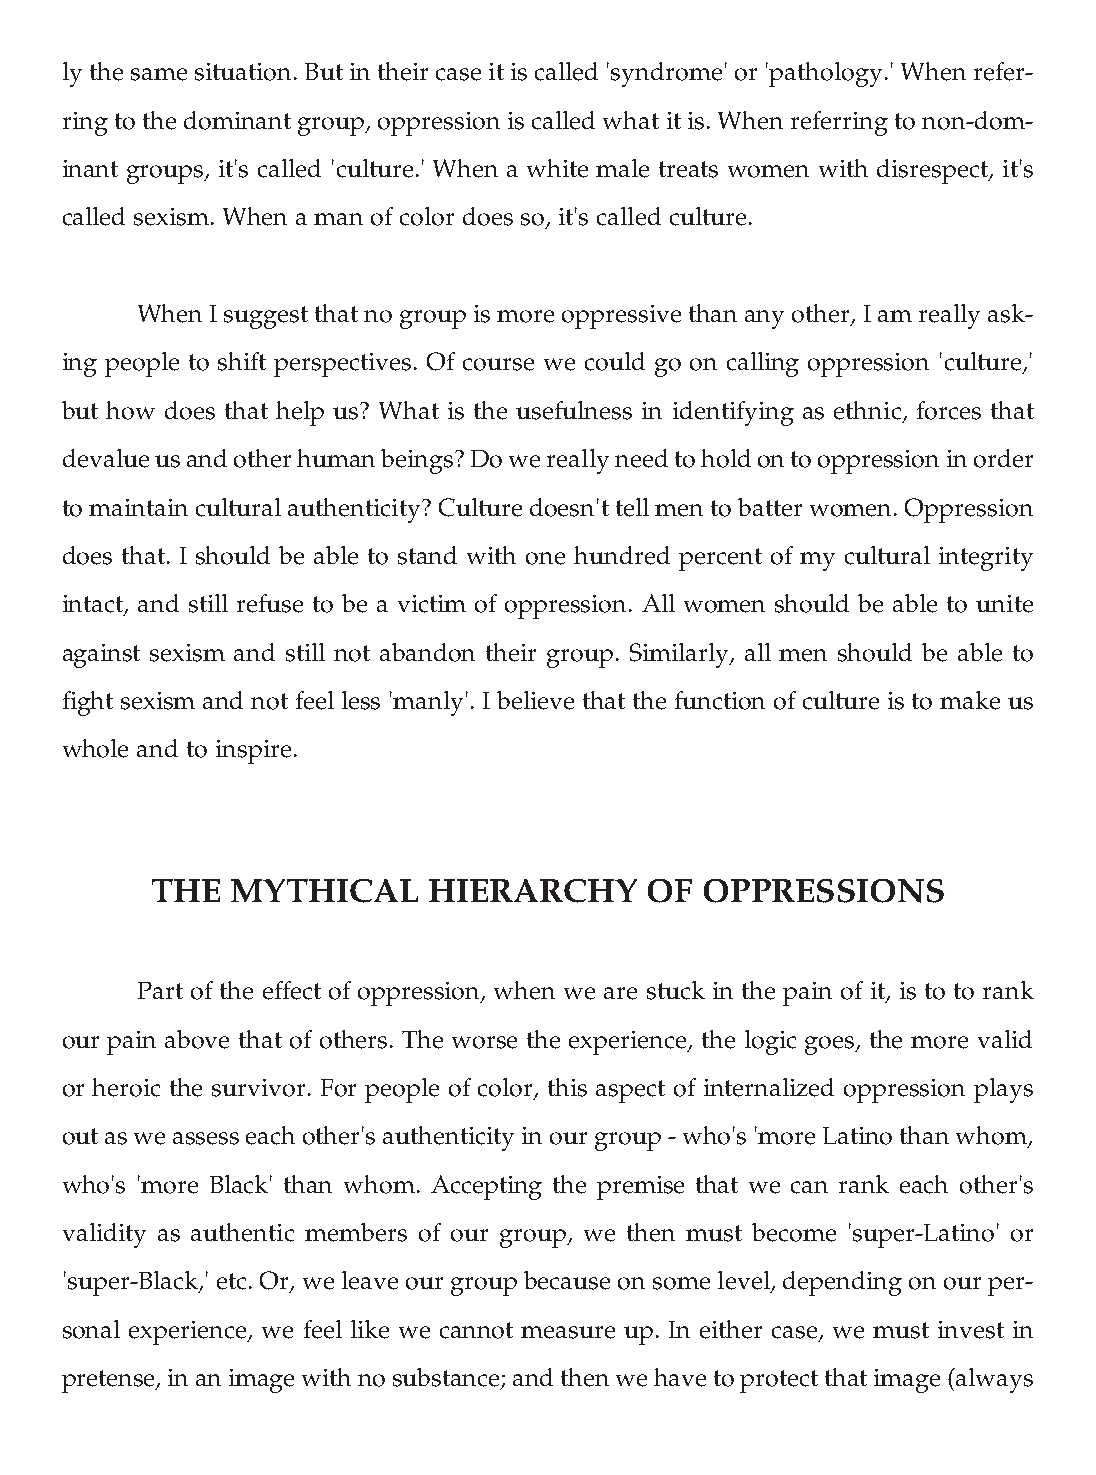
ly the same situation. But in their case it is called 'syndrome' or 'pathology.' When refer-
 ring to the dominant group, oppression is called what it is. When referring to non-dom-
 inant groups, it's called 'culture.' When a white male treats women with disrespect, it's
 called sexism. When a man of color does so, it's called culture.
 When I suggest that no group is more oppressive than any other, I am really ask-
 ing people to shift perspectives. Of course we could go on calling oppression 'culture,'
 but how does that help us? What is the usefulness in identifying as ethnic, forces that
 devalue us and other human beings? Do we really need to hold on to oppression in order
 to maintain cultural authenticity? Culture doesn't tell men to batter women. Oppression
 does that. I should be able to stand with one hundred percent of my cultural integrity
 intact, and still refuse to be a victim of oppression. All women should be able to unite
 against sexism and still not abandon their group. Similarly, all men should be able to
 fight sexism and not feel less 'manly'. I believe that the function of culture is to make us
 whole and to inspire.
 THE  MYTHICAL     HIERARCHY      OF OPPRESSIONS
 Part of the effect of oppression, when we are stuck in the pain of it, is to to rank
 our pain above that of others. The worse the experience, the logic goes, the more valid
 or heroic the survivor. For people of color, this aspect of internalized oppression plays
 out as we assess each other's authenticity in our group - who's 'more Latino than whom,
 who's 'more Black' than whom. Accepting the premise that we can rank each other's
 validity as authentic members of our group, we then must become 'super-Latino' or
 'super-Black,' etc. Or, we leave our group because on some level, depending on our per-
 sonal experience, we feel like we cannot measure up. In either case, we must invest in
 pretense, in an image with no substance; and then we have to protect that image (always